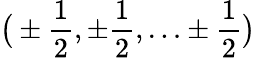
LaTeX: {\bigl(}\pm{\frac{1}{2}},\pm{\frac{1}{2}},\ldots\pm{\frac{1}{2}}{\bigr)}